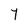
Character: Y